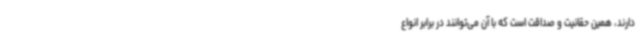
دارند، همین حقانیت و صداقت است که با آن می‌توانند در برابر انواع